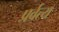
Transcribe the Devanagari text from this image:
प्रर्वत्य